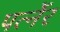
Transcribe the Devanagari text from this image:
पर्त्नेर